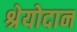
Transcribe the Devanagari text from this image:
श्रेयोदान